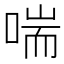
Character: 喘